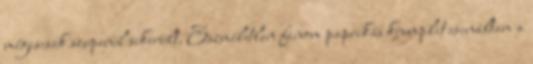
mégiscsak szuperül sikerült. Eszméletlen finom paprikás krumplit csináltam a